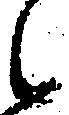
候